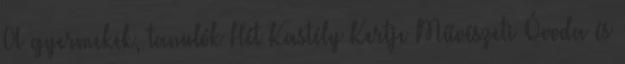
A gyermekek, tanulók Hét Kastély Kertje Művészeti Óvoda és